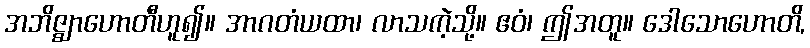
အဘိဇ္ဈာဟောတီဟူ၍။ အာဂတံယထာ၊ လာသကဲ့သို့။ ဧဝံ၊ ဤအတူ။ ဒေါသောဟောတိ,